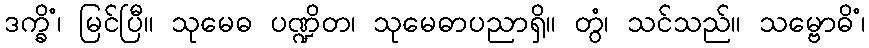
ဒက္ခိံ၊ မြင်ပြီ။ သုမေဓ ပဏ္ဍိတ၊ သုမေဓာပညာရှိ။ တွံ၊ သင်သည်။ သမ္ဗောဓိံ၊